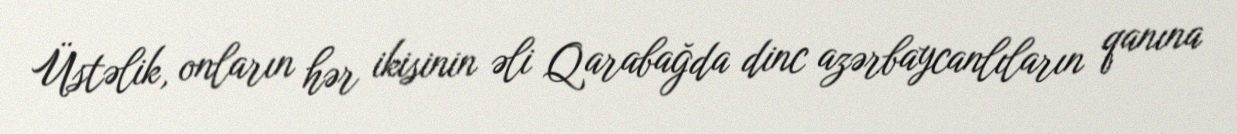
Üstəlik, onların hər ikisinin əli Qarabağda dinc azərbaycanlıların qanına